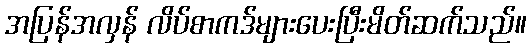
အပြန်အလှန် လိပ်စာကဒ်များပေးပြီးမိတ်ဆက်သည်။